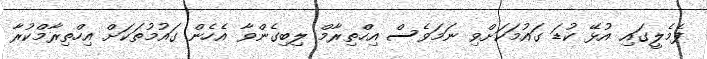
ފެމެލީގައި އުޅޭ ކުޑަ ގައުމަކަށްވި ނަަމަވެސް އިހްތިރާމް ލިބިގެންވާ އެހެން ގައުމުތަކަށް އިހްތިރާމްކުރާ